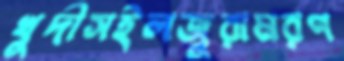
খুদীসইলজুরামরণ